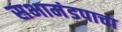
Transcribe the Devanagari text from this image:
सभामंडपाचा